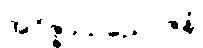
အဝိဇ္ဇာသညောဇနံ